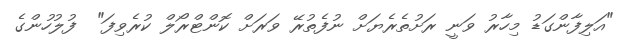
"އަލިފާންގަޑު މިހާރު ވަނީ ރަށުތެރެޔަށް ނުފެތުރޭ ވަރަށް ކޮންޓްރޯލް ކުރެވިފަ"  ފުލުހުންގެ